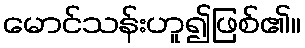
မောင်သန်းဟူ၍ဖြစ်၏။